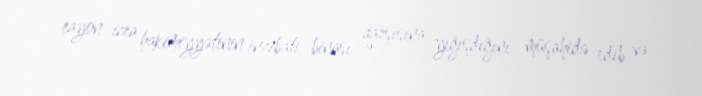
rayon icra hakimiyyətinin inzibati binası qarşısına yığışdığını müşahidə edib və